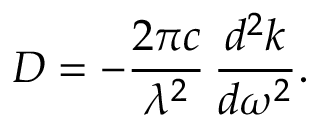
D = - { \frac { 2 \pi c } { \lambda ^ { 2 } } } \, { \frac { d ^ { 2 } k } { d \omega ^ { 2 } } } .